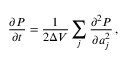
\frac { \partial P } { \partial t } = \frac { 1 } { 2 \Delta V } \sum _ { j } \frac { \partial ^ { 2 } P } { \partial a _ { j } ^ { 2 } } \, ,